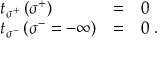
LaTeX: \begin{array} { l c l } { { t _ { \sigma ^ { + } } \left( \sigma ^ { + } \right) } } & { { = } } & { { 0 } } \\ { { t _ { \sigma ^ { - } } \left( \sigma ^ { - } = - \infty \right) } } & { { = } } & { { 0 \; . } } \end{array}